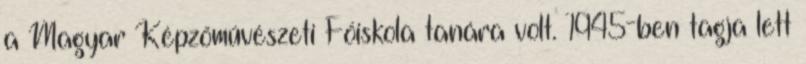
a Magyar Képzőművészeti Főiskola tanára volt. 1945-ben tagja lett